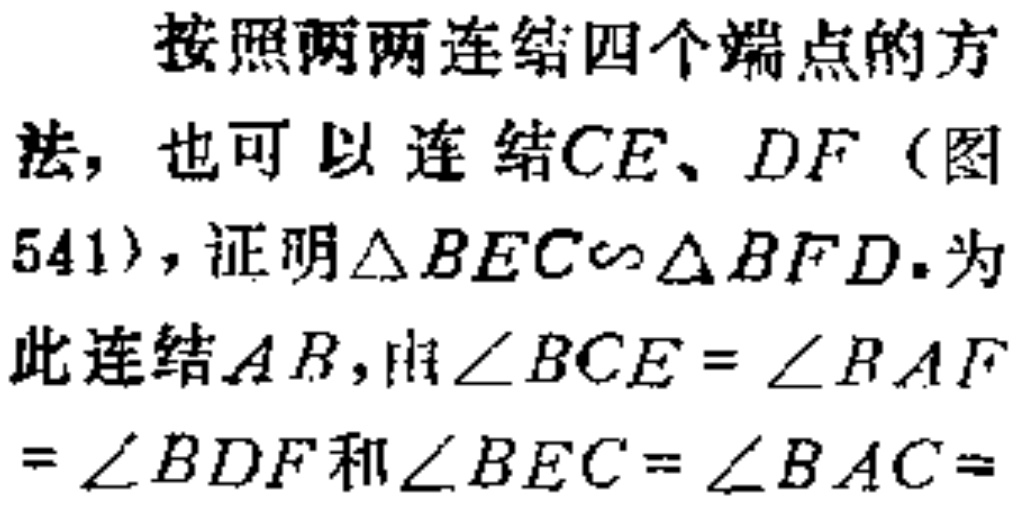
按照两两连结四个端点的方法，也可以连结\(CE\)、\(DF\)（图541），证明\(\triangle BEC\sim\triangle BFD\). 为此连结\(AB\)，由\(\angle BCE = \angle BAF=\angle BDF\)和\(\angle BEC = \angle BAC =\)